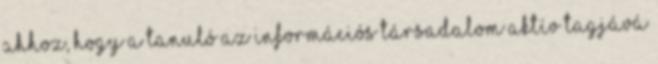
ahhoz, hogy a tanuló az információs társadalom aktív tagjává